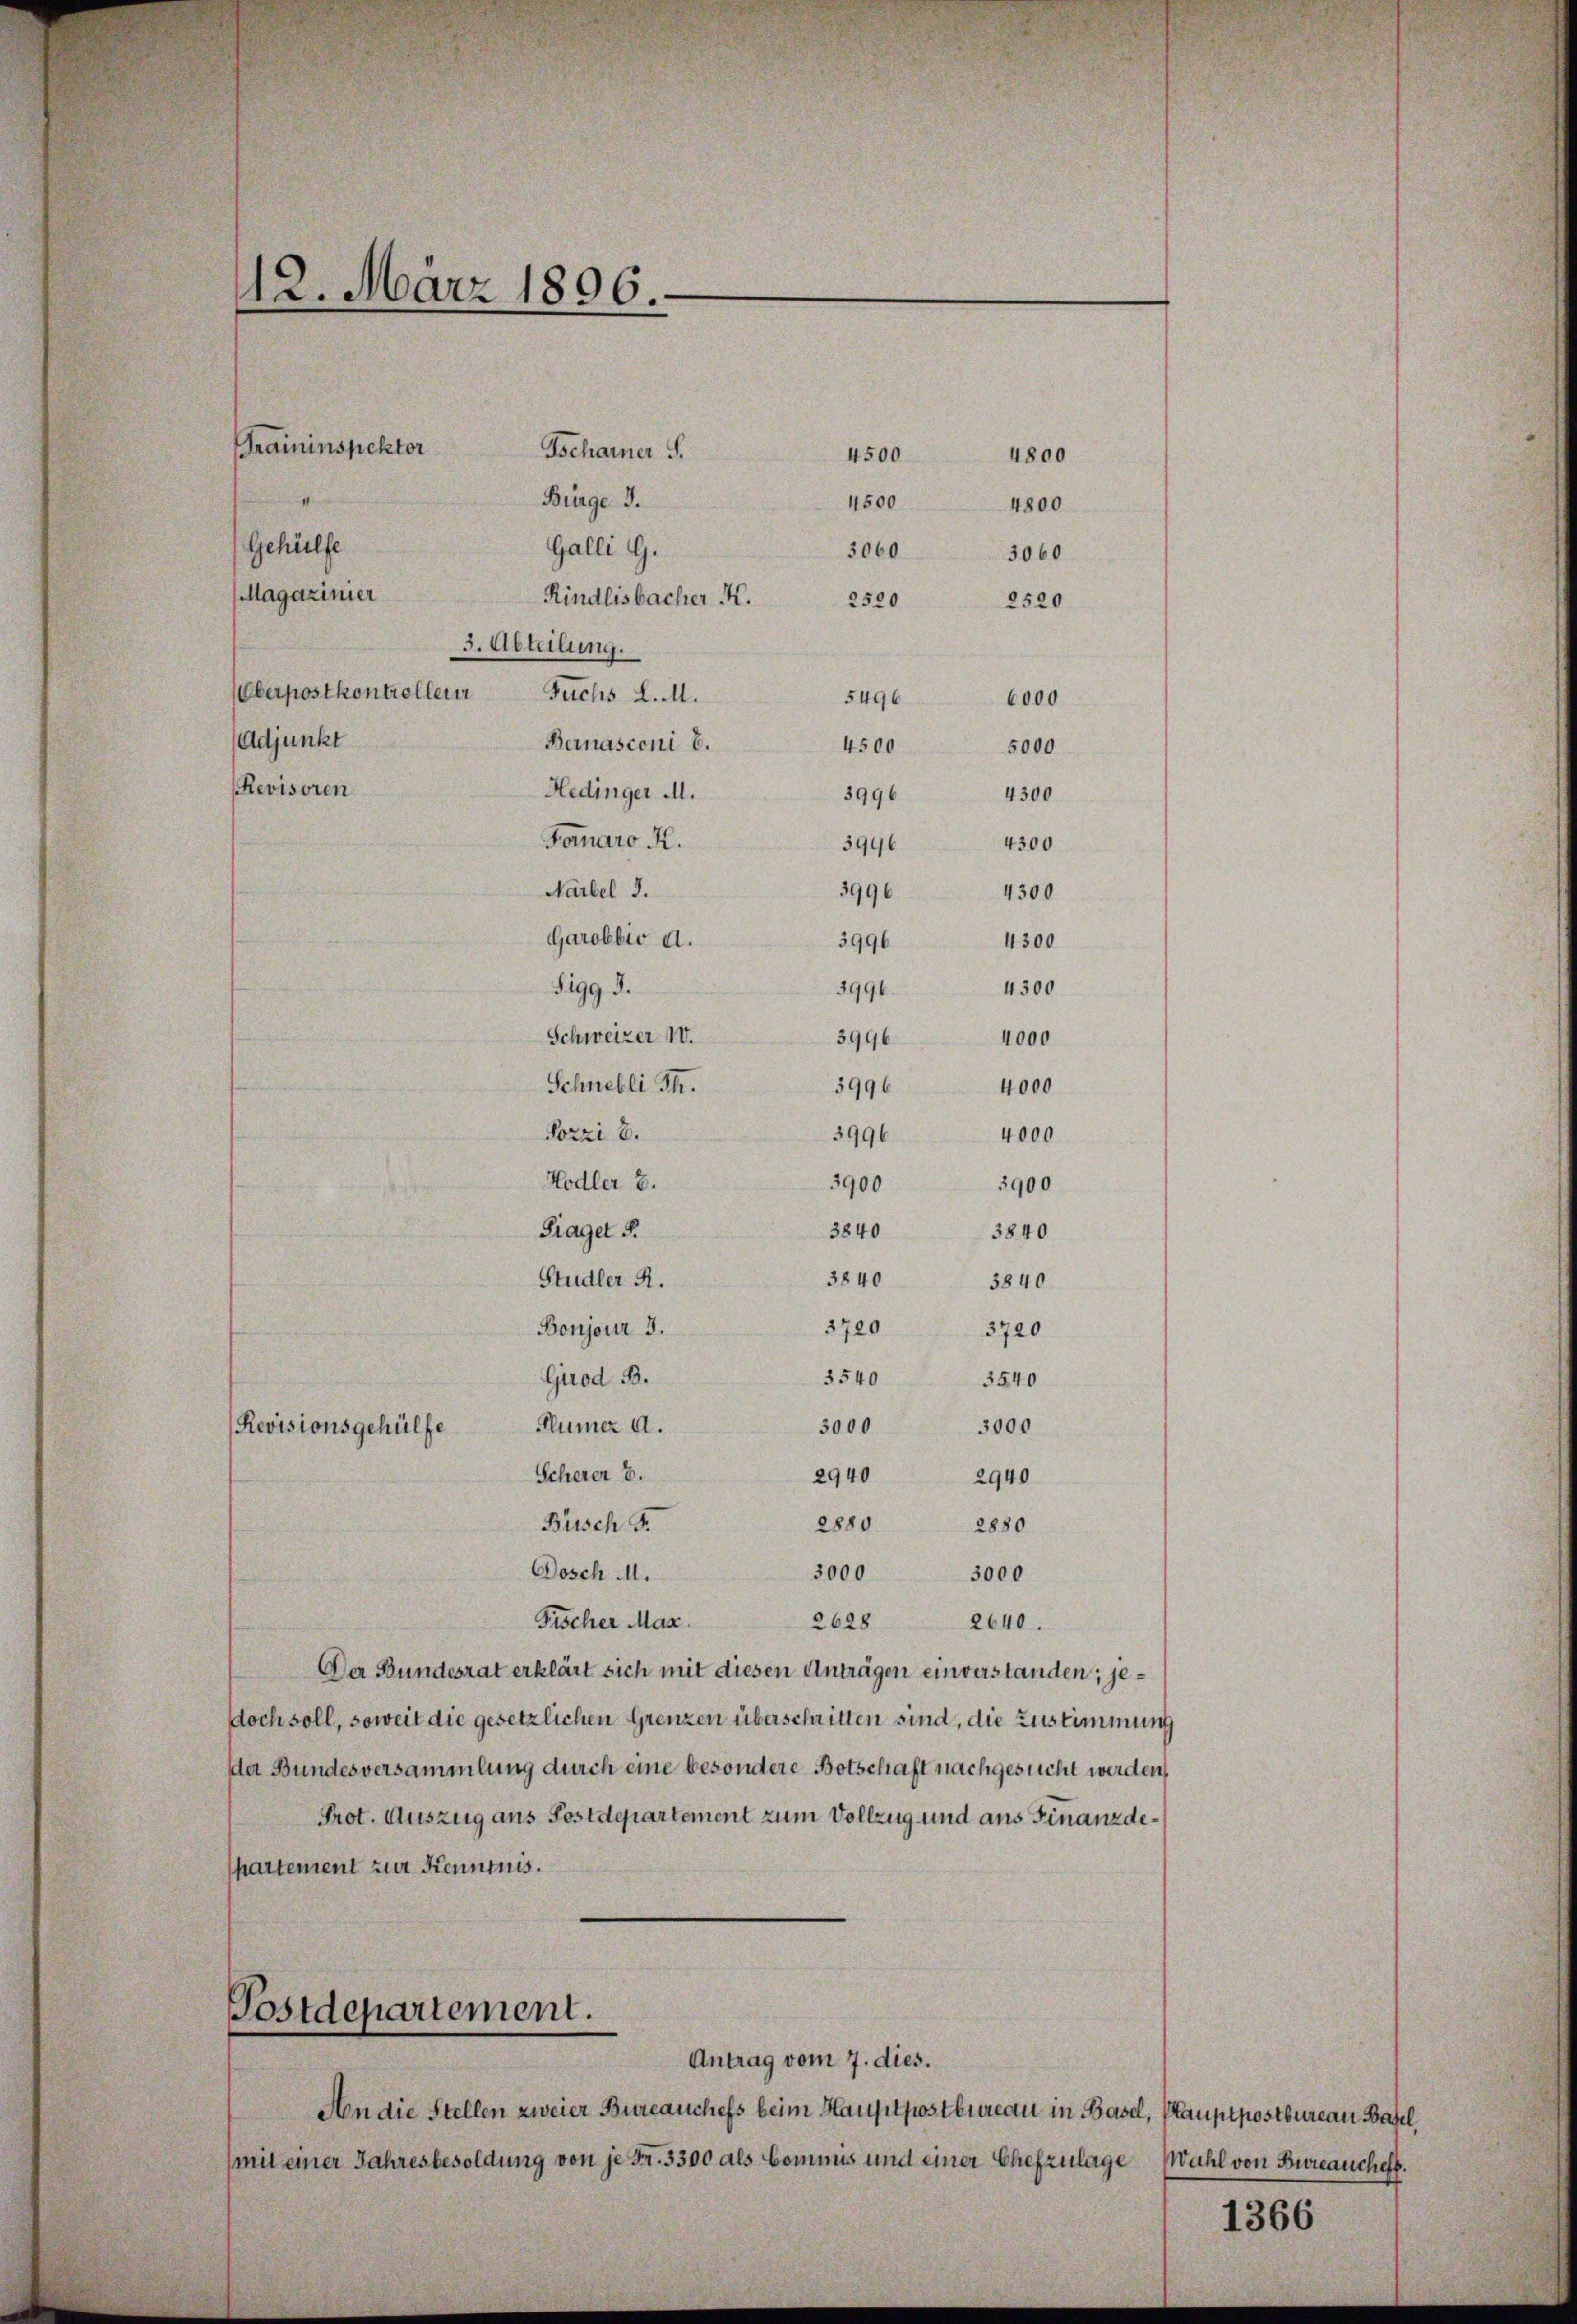
Magazinier
Rindlisbacher K.
5. Abteilung.
Oberpostkontrollen
Fuchs d. M.
(Adjunkt
Bernasconi 6.
Revisoren
Hedinger M.
Fornaro R.
Narbel d.

Garobbic d.
Sigg d.
Schweizer 10.
4000
Schnelli Th.
4000
Forzi b.
4000
3996
Hodler E.
3900
3900
3840
Fraget §.
3840
3840
Studler R.
3840
Boujour 3.
37 3720
3540
Girod B.
3540
Flümer a.
3000 3000
Revisionsgehülfe
Scherer B.
2940
2940
Busch S.
2880
2880

12. März 1806.
Praininspektor
Tschainer S.
Bürge d.
Gehülfe
Galli G.

Dosch M.
3000 3000
Fischer Max.
2628 2640.
Der Bundesrat erklärt sich mit diesen Anträgen einverstanden; jedoch soll, soweit die gesetzlichen Grenzen überschritten sind, die Zustimmung
der Bundesversammlung durch eine besondere Botschaft nachgesucht werden,
Prot. Auszug aus Postdepartement zum Vollzug und aus Finanzdepartement zur Kenntnis.

4500

3060
5496
4500
3996
3996
3996
3996
3996.
3996
3996

2520

4500

Postdepartement.
Antrag vom 7. dies.

3060
2520

4800
4800

4300
4300
4300

6000
5000
4300
4300

An die Stellen zweier Bureauchefs beim Hauptpostbureau in Basel, Pauptpostbureau Basel,
(mit einer Jahresbesoldung von je Fr. 3300 als Commis und einer Chefzulage Wahl von Bureaucheff.

1366